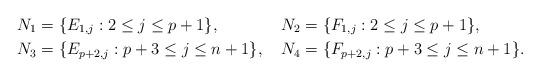
LaTeX: \begin{align*}\small N_1 &= \{ E_{ 1, j } : 2 \leq j \leq p + 1 \} , \, &&N_2 = \{ F_{ 1, j } : 2 \leq j \leq p + 1 \} , \\ N_3 &= \{ E_{ p+2, j } : p + 3 \leq j \leq n + 1 \} , \, &&N_4 = \{ F_{ p+2, j } : p + 3 \leq j \leq n + 1 \}.\end{align*}